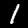
Digit: 1